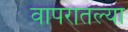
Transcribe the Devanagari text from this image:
वापरातल्या